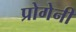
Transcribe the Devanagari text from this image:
प्रोगेनी